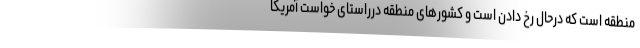
منطقه است که درحال رخ دادن است و کشورهای منطقه درراستای خواست آمریکا